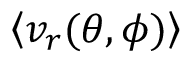
\left< v _ { r } ( \theta , \phi ) \right>